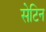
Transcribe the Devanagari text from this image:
सेटिन